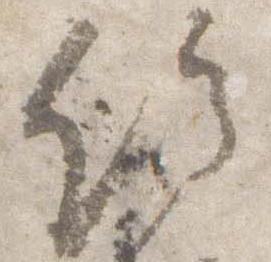
給